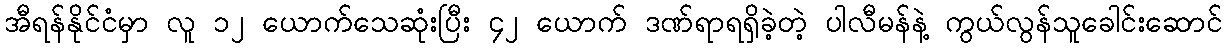
အီရန်နိုင်ငံမှာ လူ ၁၂ ယောက်သေဆုံးပြီး ၄၂ ယောက် ဒဏ်ရာရရှိခဲ့တဲ့ ပါလီမန်နဲ့ ကွယ်လွန်သူခေါင်းဆောင်